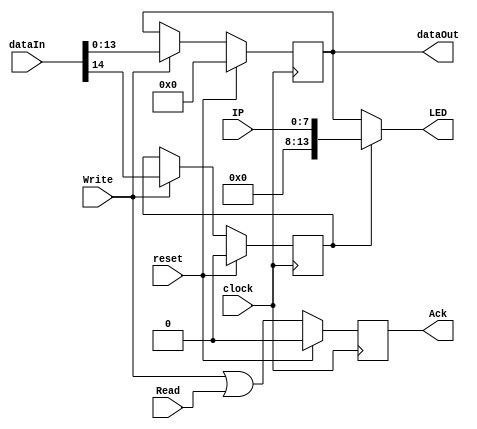
`timescale 1ns / 1ps
/*
 * Project      : University of Utah, XUM Project MIPS32 core
 * Creator(s)   : Grant Ayers (ayers@cs.utah.edu)
 *
 * Modification History:
 *   Rev   Date         Initials  Description of Change
 *   1.0   13-Jul-2012  GEA       Initial design.
 *
 * Standards/Formatting:
 *   Verilog 2001, 4 soft tab, wide column.
 *
 * Description:
 *   A read/write interface between a 4-way handshaking data bus and
 *   8 LEDs.
 *
 *   An optional mode allows the LEDs to show current interrupts
 *   instead of bus data.
 */
module LED(
    input  clock,
    input  reset,
    input  [14:0] dataIn,
    input  [7:0] IP,
    input  Write,
    input  Read,
    output [13:0] dataOut,
    output reg Ack,
    output [13:0] LED
    );

    reg  [13:0] data;
    reg  useInterrupts;
    
    always @(posedge clock) begin
        data <= (reset) ? 14'b0 : ((Write) ? dataIn[13:0] : data);
        useInterrupts <= (reset) ? 0 : ((Write) ? dataIn[14] : useInterrupts);
    end
    
    always @(posedge clock) begin
        Ack <= (reset) ? 0 : (Write | Read);
    end
    
    assign LED = (useInterrupts) ? {6'b0, IP[7:0]} : data;
    assign dataOut = data;

endmodule